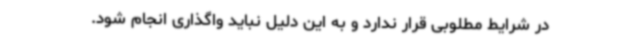
در شرایط مطلوبی قرار ندارد و به این دلیل نباید واگذاری انجام شود.